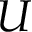
U